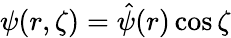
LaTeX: \psi(r,\zeta)=\hat{\psi}(r)\cos{\zeta}